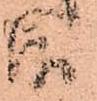
候